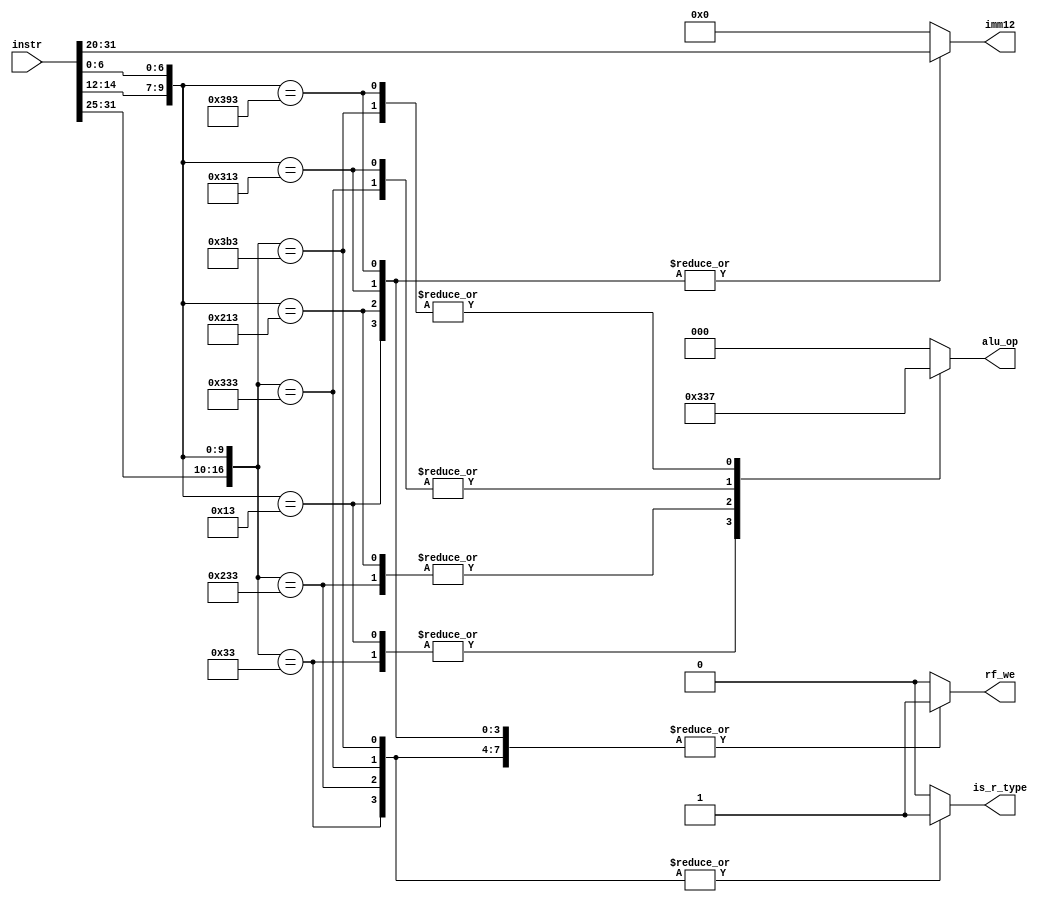
module control(
    input [31:0]instr,

    output reg [11:0]imm12,
    output reg rf_we,
    output reg [2:0]alu_op,
    output reg is_r_type
);

wire [6:0]opcode = instr[6:0];
wire [2:0]funct3 = instr[14:12];
wire [6:0]funct7 = instr[31:25];

always @(*) begin
    rf_we = 1'b0;
    alu_op = 3'b0;
    imm12 = 12'b0;
    is_r_type = 1'b0;

    casez ({funct7, funct3, opcode})
        17'b?????_??_000_0010011: begin // ADDI
            rf_we = 1'b1;
            alu_op = 3'b001;
            imm12 = instr[31:20];
            is_r_type = 1'b0;
        end
        17'b?????_??_100_0010011: begin // XORI
            rf_we = 1'b1;
            alu_op = 3'b100;
            imm12 = instr[31:20];
            is_r_type = 1'b0;
        end
        17'b?????_??_110_0010011: begin // ORI
            rf_we = 1'b1;
            alu_op = 3'b110;
            imm12 = instr[31:20];
            is_r_type = 1'b0;
        end
        17'b?????_??_111_0010011: begin // ANDI
            rf_we = 1'b1;
            alu_op = 3'b111;
            imm12 = instr[31:20];
            is_r_type = 1'b0;
        end
        17'b00000_00_000_0110011: begin // ADD
            rf_we = 1'b1;
            alu_op = 3'b001;
            is_r_type = 1'b1;
        end
        17'b00000_00_100_0110011: begin // XOR
            rf_we = 1'b1;
            alu_op = 3'b100;
            is_r_type = 1'b1;
        end
        17'b00000_00_110_0110011: begin // OR
            rf_we = 1'b1;
            alu_op = 3'b110;
            is_r_type = 1'b1;
        end
        17'b00000_00_111_0110011: begin // AND
            rf_we = 1'b1;
            alu_op = 3'b111;
            is_r_type = 1'b1;
        end
        default: ;
    endcase
end

endmodule